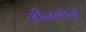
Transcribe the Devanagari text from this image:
ग्रीनस्पॅन